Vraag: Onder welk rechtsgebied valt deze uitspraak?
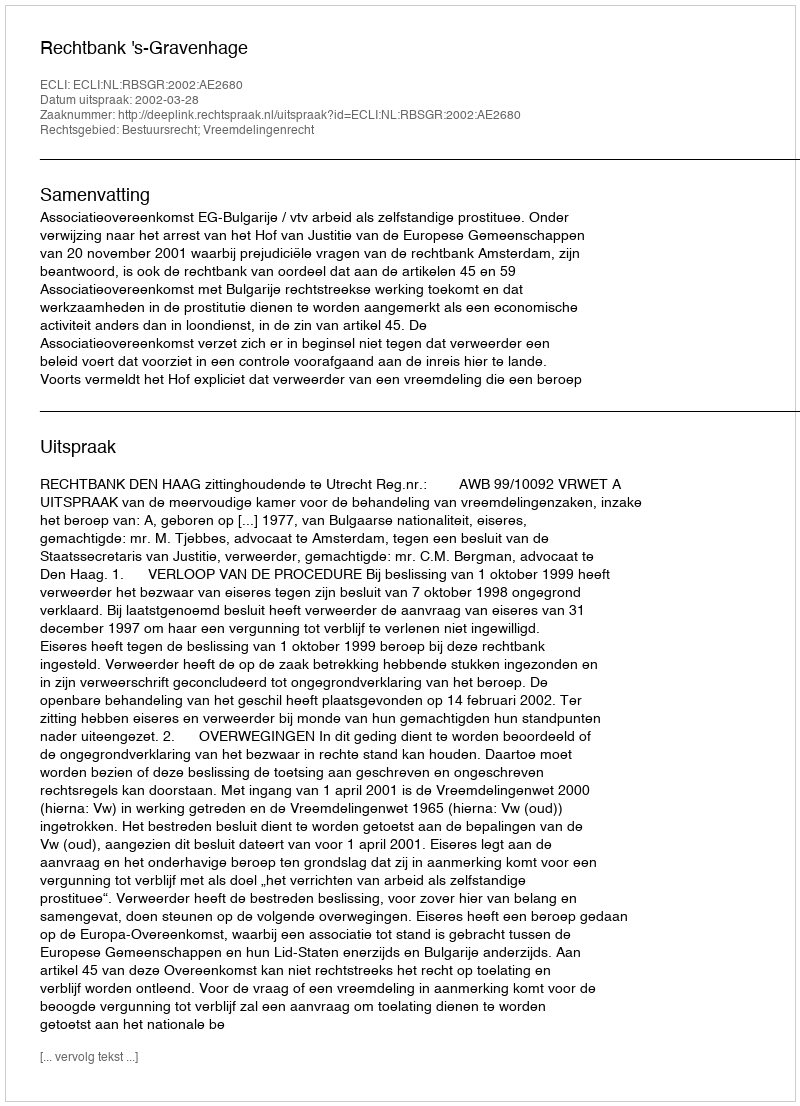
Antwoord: Bestuursrecht; Vreemdelingenrecht